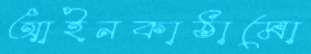
আইনকাঠামো